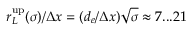
r _ { L } ^ { \mathrm { u p } } ( \sigma ) / \Delta x = ( d _ { e } / \Delta x ) \sqrt { \sigma } \approx 7 . . . 2 1